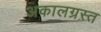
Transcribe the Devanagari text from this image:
अकालग्रस्त